Epidemic dropsy in Calcutta - Number 49
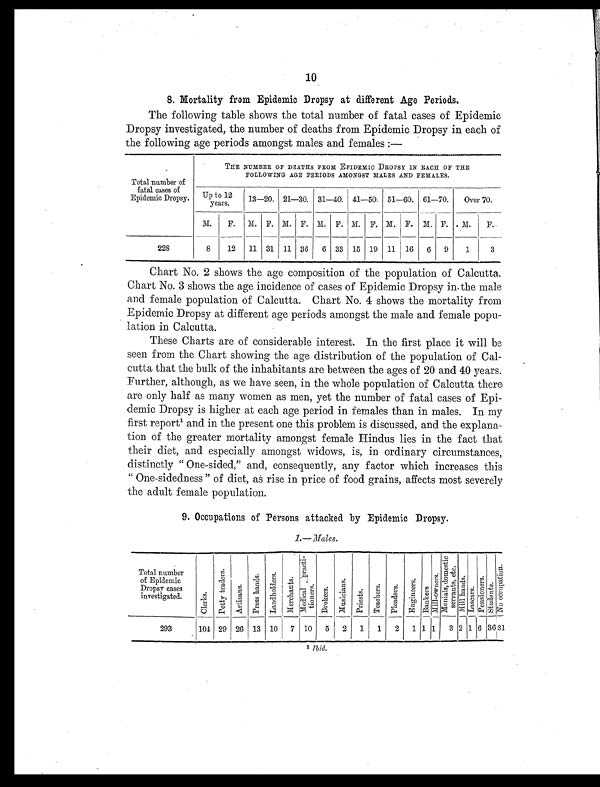
10
8. Mortality from Epidemic Dropsy at different Age Periods.
The following table shows the total number of fatal cases of Epidemic
Dropsy investigated, the number of deaths from Epidemic Dropsy in each of
the following age periods amongst males and females :—
Total number of
fatal cases of
Epidemic Dropsy.
THE NUMBER OF DEATHS FROM EPIDEMIC DROPSY IN EACH OF THE
FOLLOWING AGE PERIODS AMONGST MALES AND FEMALES.
Up to
12 years.
13—20. 21—30. 31—40. 41—50. 51—60. 61—70.
Over 70.
M.
F.
M. F. M. F. M. F. M. F. M. F. M. F.
M.
F.
228
8
12
11 31 11 36
6 33 15 19 11 16
6
9
1
3
Chart No. 2 shows the age composition of the population of Calcutta.
Chart No. 3 shows the age incidence of cases of Epidemic Dropsy in the male
and female population of Calcutta. Chart No. 4 shows the mortality from
Epidemic Dropsy at different age periods amongst the male and female popu-
lation in Calcutta.
These Charts are of considerable interest. In the first place it will be
seen from the Chart showing the age distribution of the population of Cal-
cutta that the bulk of the inhabitants are between the ages of 20 and 40 years.
Further, although, as we have seen, in the whole population of Calcutta there
are only half as many women as men, yet the number of fatal cases of Epi-
demic Dropsy is higher at each age period in females than in males. In my
first report¹ and in the present one this problem is discussed, and the explana-
tion of the greater mortality amongst female Hindus lies in the fact that
their diet, and especially amongst widows, is, in ordinary circumstances,
distinctly " One-sided," and, consequently, any factor which increases this
" One-sidedness " of diet, as rise in price of food grains, affects most severely
the adult female population.
9. Occupations of Persons attacked by Epidemic Dropsy.
1.— Males.
Total number
of Epidemic
Dropsy cases
investigated.
C l c r k s .
P e t t y t r a d e r s .
A r t i s a n s .
P r e s s h a n d s .
L a n d h o l d e r s .
M e r c h a n t s .
Me di c a l pr a c t i - t i one r s .
B r o k e r s .
M u s i c i a n s .
P r i e s t s .
T e a c h e r s .
P l e a d e r s .
E n g i n e e r s .
B a n k e r s .
M i l l - o w n e r s .
M e n i a l s , d o m e s t i c s e r v a n t s , e t c .
M i l l h a n d s .
L a s c a r s .
P e n s i o n e r s .
S t u d e n t s .
N o o c c u p a t i o n .
293
104 29 26 13 10
7 10
5
2
1
1
2
1 1 1
3 2 1 6 36 31
¹ Ibid.